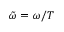
\tilde { \omega } = \omega / T